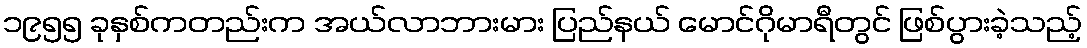
၁၉၅၅ ခုနှစ်ကတည်းက အယ်လာဘားမား ပြည်နယ် မောင်ဂိုမာရီတွင် ဖြစ်ပွားခဲ့သည့်